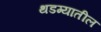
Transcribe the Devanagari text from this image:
थडग्यातील